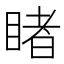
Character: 睹